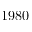
1 9 8 0